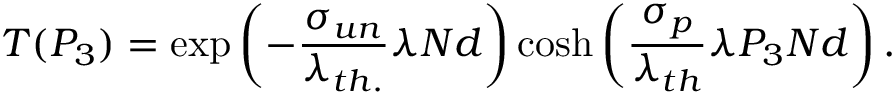
T ( P _ { 3 } ) = \mathrm { e x p } \left( - { \frac { \sigma _ { u n } } { \lambda _ { t h . } } } \lambda N d \right) \mathrm { c o s h } \left( { \frac { \sigma _ { p } } { \lambda _ { t h } } } \lambda P _ { 3 } N d \right) .